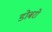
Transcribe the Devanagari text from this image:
डोबरो